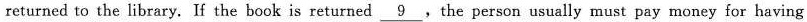
returned to the library. If the book is returned \underline{9},the person usually must pay money for having